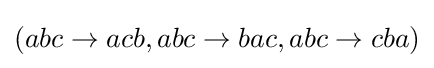
(abc\to acb,abc\to bac,abc\to cba)